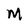
Character: M